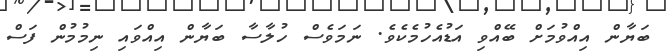
ބަޔާން އިއްވުމަށް ބޭއްވި އަޑުއެހުމެކެވެ. ނަމަވެސް ހުލާސާ ބަޔާން އިއްވައި ނިމުމުން ފަސް